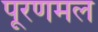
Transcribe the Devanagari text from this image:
पूरणमल